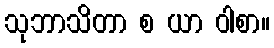
သုဘာသိတာ စ ယာ ဝါစာ။